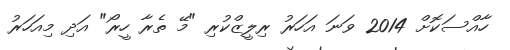
ހާއްސަކޮށް 2014 ވަނަ އަހަރު ރިލީޒްކުރި "މޭ ތެރާ ހީރޯ" އަދި މިއަހަރު